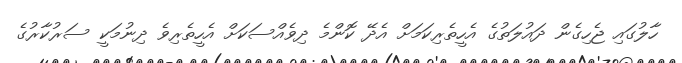
ހާލުގައި ޖެހިގެން ދައުލަތުގެ އެހީތެރިކަމަށް އެދޭ ކޮންމެ ދިވެއްސަކަށް އެހީތެރިވެ ދިނުމަކީ ސަރުކާރުގެ